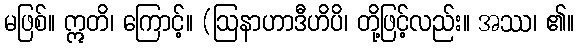
မဖြစ်။ ဣတိ၊ ကြောင့်။ (ဩနာဟာဒီဟိပိ၊ တို့ဖြင့်လည်း။ အဿ၊ ၏။